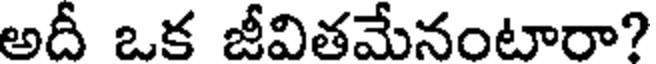
అదీ ఒక జీవితమేనంటారా?